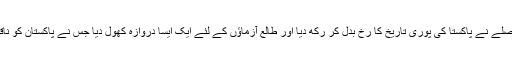
جسٹس منیر کے ایک فیصلے نے پاکستا کی پوری تاریخ کا رخ بدل کر رکھ دیا اور طالع آزماؤں کے لئے ایک ایسا دروازہ کھول دیا جس نے پاکستان کو ناقابلِ تلافی نقصان پہنچایا۔